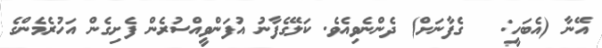
އޭނާ (އެބަހީ:   ގެފާނަށް) ދެންނެވިއެވެ. ކަލޭގެފާނު އުފަންވީއްސުރެން ފެށިގެން އަހުރެމެންގެ